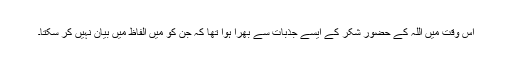
اُس وقت میں اللہ کے حضور شکر کے ایسے جذبات سے بھرا ہوا تھا کہ جن کو میں الفاظ میں بیان نہیں کر سکتا۔